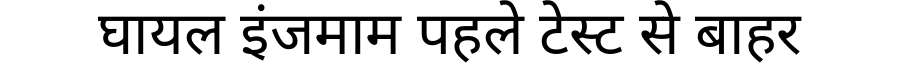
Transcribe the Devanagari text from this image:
घायल इंजमाम पहले टेस्ट से बाहर